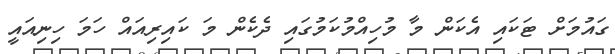
ގައުމަށް ޓަކައި އެކަން މާ މުހިއްމުކަމުގައި ދެކެން މަ ކައިރިއައް ހަމަ ހިނިއައީ